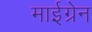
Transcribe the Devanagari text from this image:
माईग्रेन